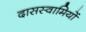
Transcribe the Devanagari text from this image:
दासस्वामियों